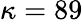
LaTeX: \kappa=89